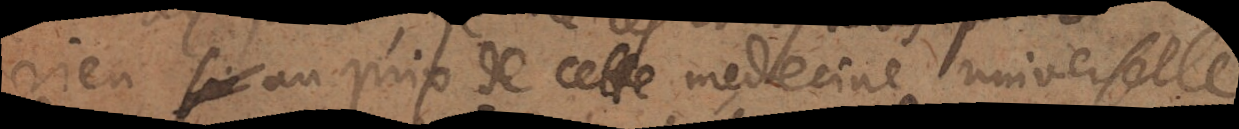
rien si au prix de cette medecine universelle